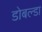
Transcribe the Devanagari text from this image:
डोबल्डा